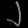
Digit: ၂